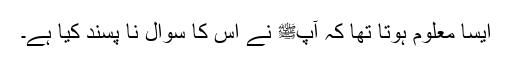
ایسا معلوم ہوتا تھا کہ آپﷺ نے اس کا سوال نا پسند کیا ہے۔